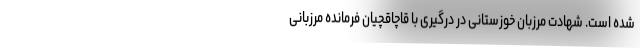
شده است. شهادت مرزبان خوزستانی در درگیری با قاچاقچیان فرمانده مرزبانی